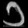
Digit: ၁